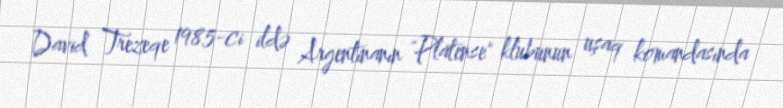
David Trezeqe 1985-ci ildə Argentinanın "Platense" klubunun uşaq komandasında